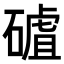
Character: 𥕑